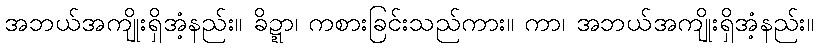
အဘယ်အကျိုးရှိအံ့နည်း။ ခိဍ္ဍာ၊ ကစားခြင်းသည်ကား။ ကာ၊ အဘယ်အကျိုးရှိအံ့နည်း။